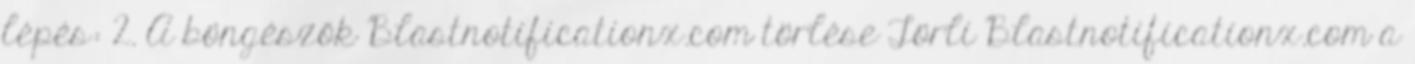
lépés: 2. A böngészők Blastnotificationx.com törlése Törli Blastnotificationx.com a